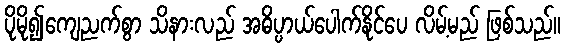
ပိုမို၍ကျေညက်စွာ သိနားလည် အဓိပ္ပာယ်ပေါက်နိုင်ပေ လိမ့်မည် ဖြစ်သည်။